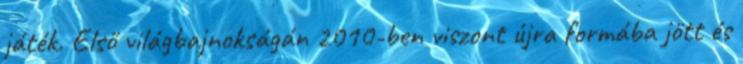
játék. Első világbajnokságán 2010-ben viszont újra formába jött és